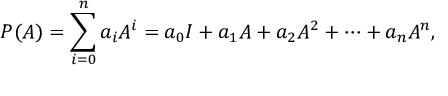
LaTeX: P ( A ) = \sum _ { i = 0 } ^ { n } { a _ { i } A ^ { i } } = a _ { 0 } I + a _ { 1 } A + a _ { 2 } A ^ { 2 } + \cdots + a _ { n } A ^ { n } ,